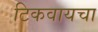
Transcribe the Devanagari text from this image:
टिकवायचा